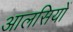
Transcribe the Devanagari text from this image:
आलसियों